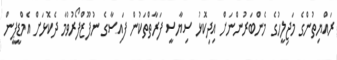
ރައްޔިތުންގެ މަޖިލީހުގެ މެންބަރުންނަށް އިދިކޮޅު ސިޔާސީ ފަރާތްތަކުން ފައިސާގެ ނުފޫޒްފޯރުވުމާ ދެކޮޅަށް އެމްޑީޕީން